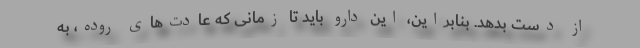
از دست بدهد. بنابراین، این دارو باید تا زمانی که عادت‌های روده، به